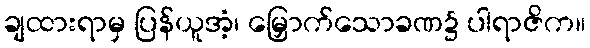
ချထားရာမှ ပြန်ယူအံ့၊ မြှောက်သောခဏ၌ ပါရာဇိက။